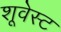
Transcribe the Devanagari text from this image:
शूवेस्ट